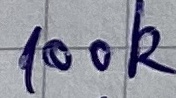
Text: 100k